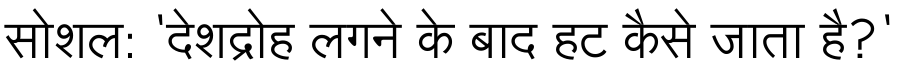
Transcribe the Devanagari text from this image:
सोशल: 'देशद्रोह लगने के बाद हट कैसे जाता है?'